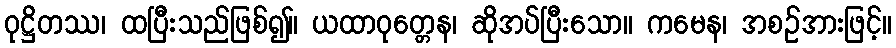
ဝုဋ္ဌိတဿ၊ ထပြီးသည်ဖြစ်၍။ ယထာဝုတ္တေန၊ ဆိုအပ်ပြီးသော။ ကမေန၊ အစဉ်အားဖြင့်။